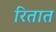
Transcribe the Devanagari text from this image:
रितात